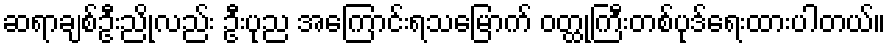
ဆရာချစ်ဦးညိုလည်း ဦးပုည အကြောင်းရသမြောက် ဝတ္ထုကြီးတစ်ပုဒ်ရေးထားပါတယ်။